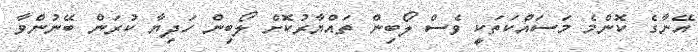
އޭނާގެ ކޮންމެ މަސައްކަތަކީ ވެސް ލޯބިން ތައްޔާރުކޮށް ލޯބިން ހަދިޔާ ކުރަން ބޭނުންވާ